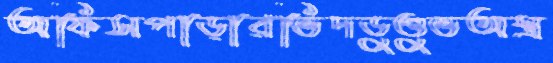
অফিসপাড়ারভিদডুণ্ডুভঅস্ত্র